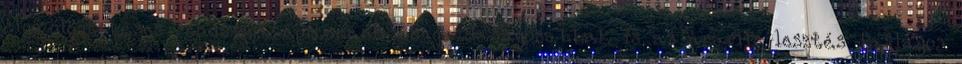
elgőzölögtetéses rendszert építenénk és gazdaságosabbak is az áramfejlesztés fajlagos